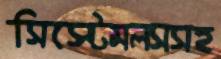
সিস্টেমলসসহ